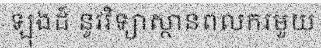
ឡុងដ៍ នូវវិទ្យាស្ថានពលករមួយ